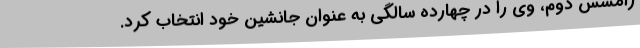
رامسس دوم، وی را در چهارده سالگی به عنوان جانشین خود انتخاب کرد.